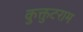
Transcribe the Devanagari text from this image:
कुक्तुटराम